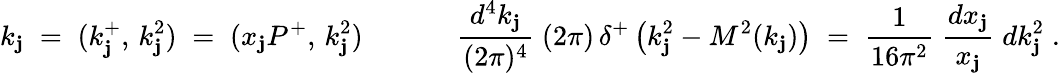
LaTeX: k_{\mathbf{j}}\; =\; (k_{\mathbf{j}}^{+},\, k_{\mathbf{j}}^{2})\; =\; (x_{\mathbf{j}}P^{+},\, k_{\mathbf{j}}^{2})\; \; \; \; \; \; \; \; \; \; \; \; \frac{{d^{4}k_{\mathbf{j}}}}{{(2\pi)^{4}}}\; (2\pi)\, \delta^{+}\left(k_{\mathbf{j}}^{2}-M^{2}(k_{\mathbf{j}})\right)\; =\; \frac{{1}}{{16\pi^{2}}}\; \frac{{dx_{\mathbf{j}}}}{{x_{\mathbf{j}}}}\; dk_{\mathbf{j}}^{2}\; .